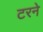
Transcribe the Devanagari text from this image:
टरने